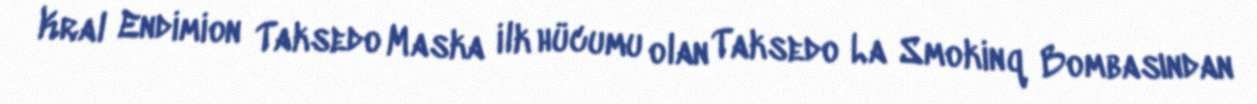
Kral Endimion Taksedo Maska ilk hücumu olan Taksedo La Smokinq Bombasından